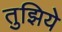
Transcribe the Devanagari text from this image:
तुझिये